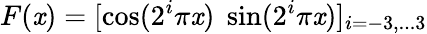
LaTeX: F(\mathit{x})=[\cos(2^{i}\pi\mathit{x})\; \sin(2^{i}\pi\mathit{x})]_{i=-3,...3}